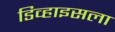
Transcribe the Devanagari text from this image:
डिव्हाइसला